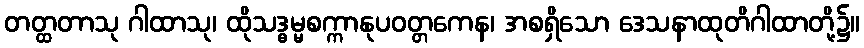
တတ္ထတာသု ဂါထာသု၊ ထိုသဒ္ဓမ္မစက္ကာနုပဝတ္တကေန၊ အစရှိသော ဒေသနာထုတိဂါထာတို့၌။